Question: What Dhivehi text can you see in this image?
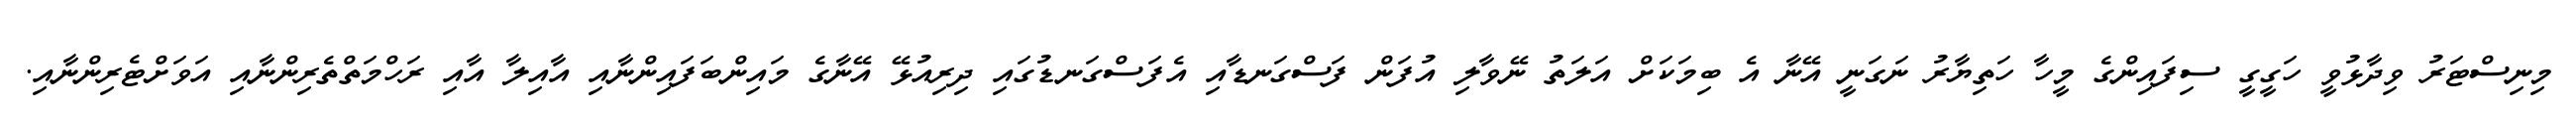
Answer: މިނިސްޓަރު ވިދާޅުވީ ހަގީގީ ސިފައިންގެ މީހާ ހަތިޔާރު ނަގަނީ އޭނާ އެ ބިމަކަށް އަލަތު ނޭވާލި އުފަން ފަސްގަނޑާއި އެފަސްގަނޑުގައި ދިރިއުޅޭ އޭނާގެ މައިންބަފައިންނާއި އާއިލާ އާއި ރަހްމަތްތެރިންނާއި އަވަށްޓެރިންނާއި.